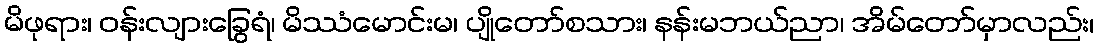
မိဖုရား၊ ဝန်းလျားခြွေရံ၊ မိဿံမောင်းမ၊ ပျိုတော်စသား၊ နန်းမဘယ်ညာ၊ အိမ်တော်မှာလည်း၊